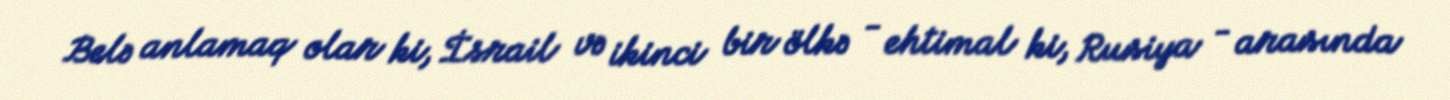
Belə anlamaq olar ki, İsrail və ikinci bir ölkə - ehtimal ki, Rusiya - arasında